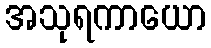
အသုရကာယော